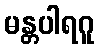
မန္တပါရဂူ